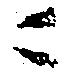
ニ